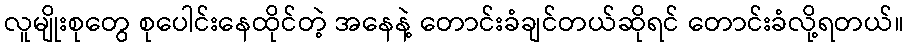
လူမျိုးစုတွေ စုပေါင်းနေထိုင်တဲ့ အနေနဲ့ တောင်းခံချင်တယ်ဆိုရင် တောင်းခံလို့ရတယ်။